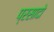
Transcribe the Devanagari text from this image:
प्रसादो